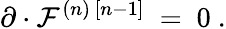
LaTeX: \partial\cdot{\cal F}^{(n)\, [n-1]}\ =\ 0\ .